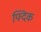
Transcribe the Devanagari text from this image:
फ्दिक